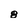
Character: 8